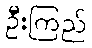
ဦးကြည်